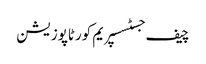
چیف جسٹسسپریم کورٹاپوزیشن